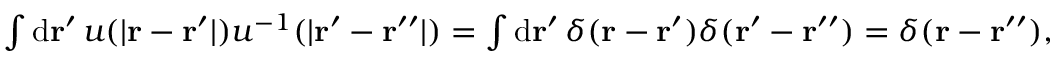
\begin{array} { r } { \int \mathrm { d } \mathbf { r } ^ { \prime } \, u ( \vert \mathbf { r } - \mathbf { r } ^ { \prime } \vert ) u ^ { - 1 } ( \vert \mathbf { r } ^ { \prime } - \mathbf { r } ^ { \prime \prime } \vert ) = \int \mathrm { d } \mathbf { r } ^ { \prime } \, \delta ( \mathbf { r } - \mathbf { r } ^ { \prime } ) \delta ( \mathbf { r } ^ { \prime } - \mathbf { r } ^ { \prime \prime } ) = \delta ( \mathbf { r } - \mathbf { r } ^ { \prime \prime } ) , } \end{array}